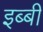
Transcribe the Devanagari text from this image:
इब्बी